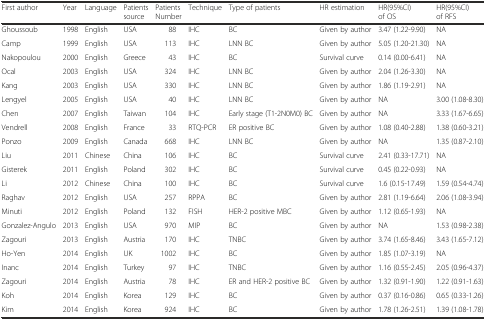
<table><thead><tr><td><b>First author</b></td><td><b>Year</b></td><td><b>Language</b></td><td><b>Patients source</b></td><td><b>Patients Number</b></td><td><b>Technique</b></td><td><b>Type of patients</b></td><td><b>HR estimation</b></td><td><b>HR(95%CI) of OS</b></td><td><b>HR(95%CI) of RFS</b></td></tr></thead><tbody><tr><td>Ghoussoub</td><td>1998</td><td>English</td><td>USA</td><td>88</td><td>IHC</td><td>BC</td><td>Given by author</td><td>3.47 (1.22-9.90)</td><td>NA</td></tr><tr><td>Camp</td><td>1999</td><td>English</td><td>USA</td><td>113</td><td>IHC</td><td>LNN BC</td><td>Given by author</td><td>5.05 (1.20-21.30)</td><td>NA</td></tr><tr><td>Nakopoulou</td><td>2000</td><td>English</td><td>Greece</td><td>43</td><td>IHC</td><td>BC</td><td>Survival curve</td><td>0.14 (0.00-6.41)</td><td>NA</td></tr><tr><td>Ocal</td><td>2003</td><td>English</td><td>USA</td><td>324</td><td>IHC</td><td>LNN BC</td><td>Given by author</td><td>2.04 (1.26-3.30)</td><td>NA</td></tr><tr><td>Kang</td><td>2003</td><td>English</td><td>USA</td><td>330</td><td>IHC</td><td>LNN BC</td><td>Given by author</td><td>1.86 (1.19-2.91)</td><td>NA</td></tr><tr><td>Lengyel</td><td>2005</td><td>English</td><td>USA</td><td>40</td><td>IHC</td><td>LNN BC</td><td>Given by author</td><td>NA</td><td>3.00 (1.08-8.30)</td></tr><tr><td>Chen</td><td>2007</td><td>English</td><td>Taiwan</td><td>104</td><td>IHC</td><td>Early stage (T1-2N0M0) BC</td><td>Given by author</td><td>NA</td><td>3.33 (1.67-6.65)</td></tr><tr><td>Vendrell</td><td>2008</td><td>English</td><td>France</td><td>33</td><td>RTQ-PCR</td><td>ER positive BC</td><td>Given by author</td><td>1.08 (0.40-2.88)</td><td>1.38 (0.60-3.21)</td></tr><tr><td>Ponzo</td><td>2009</td><td>English</td><td>Canada</td><td>668</td><td>IHC</td><td>LNN BC</td><td>Given by author</td><td>NA</td><td>1.35 (0.87-2.10)</td></tr><tr><td>Liu</td><td>2011</td><td>Chinese</td><td>China</td><td>106</td><td>IHC</td><td>BC</td><td>Survival curve</td><td>2.41 (0.33-17.71)</td><td>NA</td></tr><tr><td>Gisterek</td><td>2011</td><td>English</td><td>Poland</td><td>302</td><td>IHC</td><td>BC</td><td>Survival curve</td><td>0.45 (0.22-0.93)</td><td>NA</td></tr><tr><td>Li</td><td>2012</td><td>Chinese</td><td>China</td><td>100</td><td>IHC</td><td>BC</td><td>Survival curve</td><td>1.6 (0.15-17.49)</td><td>1.59 (0.54-4.74)</td></tr><tr><td>Raghav</td><td>2012</td><td>English</td><td>USA</td><td>257</td><td>RPPA</td><td>BC</td><td>Given by author</td><td>2.81 (1.19-6.64)</td><td>2.06 (1.08-3.94)</td></tr><tr><td>Minuti</td><td>2012</td><td>English</td><td>Poland</td><td>132</td><td>FISH</td><td>HER-2 positive MBC</td><td>Given by author</td><td>1.12 (0.65-1.93)</td><td>NA</td></tr><tr><td>Gonzalez-Angulo</td><td>2013</td><td>English</td><td>USA</td><td>970</td><td>MIP</td><td>BC</td><td>Given by author</td><td>NA</td><td>1.53 (0.98-2.38)</td></tr><tr><td>Zagouri</td><td>2013</td><td>English</td><td>Austria</td><td>170</td><td>IHC</td><td>TNBC</td><td>Given by author</td><td>3.74 (1.65-8.46)</td><td>3.43 (1.65-7.12)</td></tr><tr><td>Ho-Yen</td><td>2014</td><td>English</td><td>UK</td><td>1002</td><td>IHC</td><td>BC</td><td>Given by author</td><td>1.85 (1.07-3.19)</td><td>NA</td></tr><tr><td>Inanc</td><td>2014</td><td>English</td><td>Turkey</td><td>97</td><td>IHC</td><td>TNBC</td><td>Given by author</td><td>1.16 (0.55-2.45)</td><td>2.05 (0.96-4.37)</td></tr><tr><td>Zagouri</td><td>2014</td><td>English</td><td>Austria</td><td>78</td><td>IHC</td><td>ER and HER-2 positive BC</td><td>Given by author</td><td>1.32 (0.91-1.90)</td><td>1.22 (0.91-1.63)</td></tr><tr><td>Koh</td><td>2014</td><td>English</td><td>Korea</td><td>129</td><td>IHC</td><td>BC</td><td>Given by author</td><td>0.37 (0.16-0.86)</td><td>0.65 (0.33-1.26)</td></tr><tr><td>Kim</td><td>2014</td><td>English</td><td>Korea</td><td>924</td><td>IHC</td><td>BC</td><td>Given by author</td><td>1.78 (1.26-2.51)</td><td>1.39 (1.08-1.78)</td></tr></tbody></table>